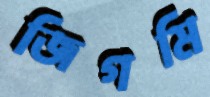
জিগমি